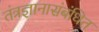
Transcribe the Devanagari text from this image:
तंत्रज्ञानासंबंधित